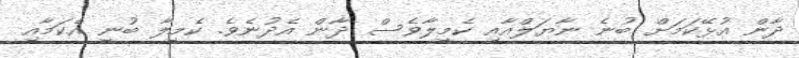
ދާން އުޅޭކަމަށް ބުނެ ނާޔަލްއާއި ކެމީލާވެސް ދާން އެދުނެވެ. ކެމީލާ ބުނީ އެކަމާއި